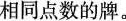
相同点数的牌。